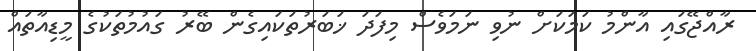
ރާއްޖޭގައި އާންމު ކަމަކަށް ނުވި ނަމަވެސް މިފަދަ ޚަބަރުތަކައިގެން ބޭރު ގައުމުތަކުގެ މީޑިއާތައް